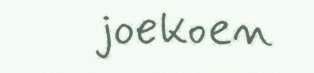
joekoen